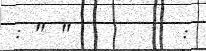
: " "       :